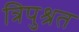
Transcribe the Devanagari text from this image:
त्रिपुश्रत